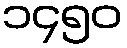
၁၄၅၀